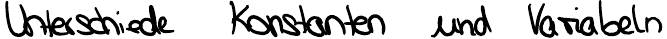
Unterschiede Konstanten und Variabeln